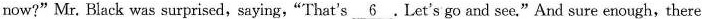
now?"Mr. Black was surprised, saying,“That's\underline{6}.Let's go and see."And sure enough, there